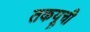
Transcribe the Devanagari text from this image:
तकयूची